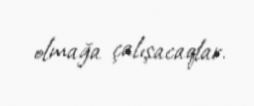
olmağa çalışacaqlar.